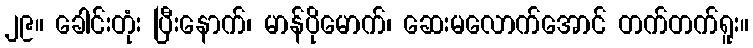
၂၉။ ခေါင်းတုံး ပြီးနောက်၊ မာန်ပိုမောက်၊ ဆေးမလောက်အောင် တက်တက်ရူး။